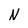
Character: N